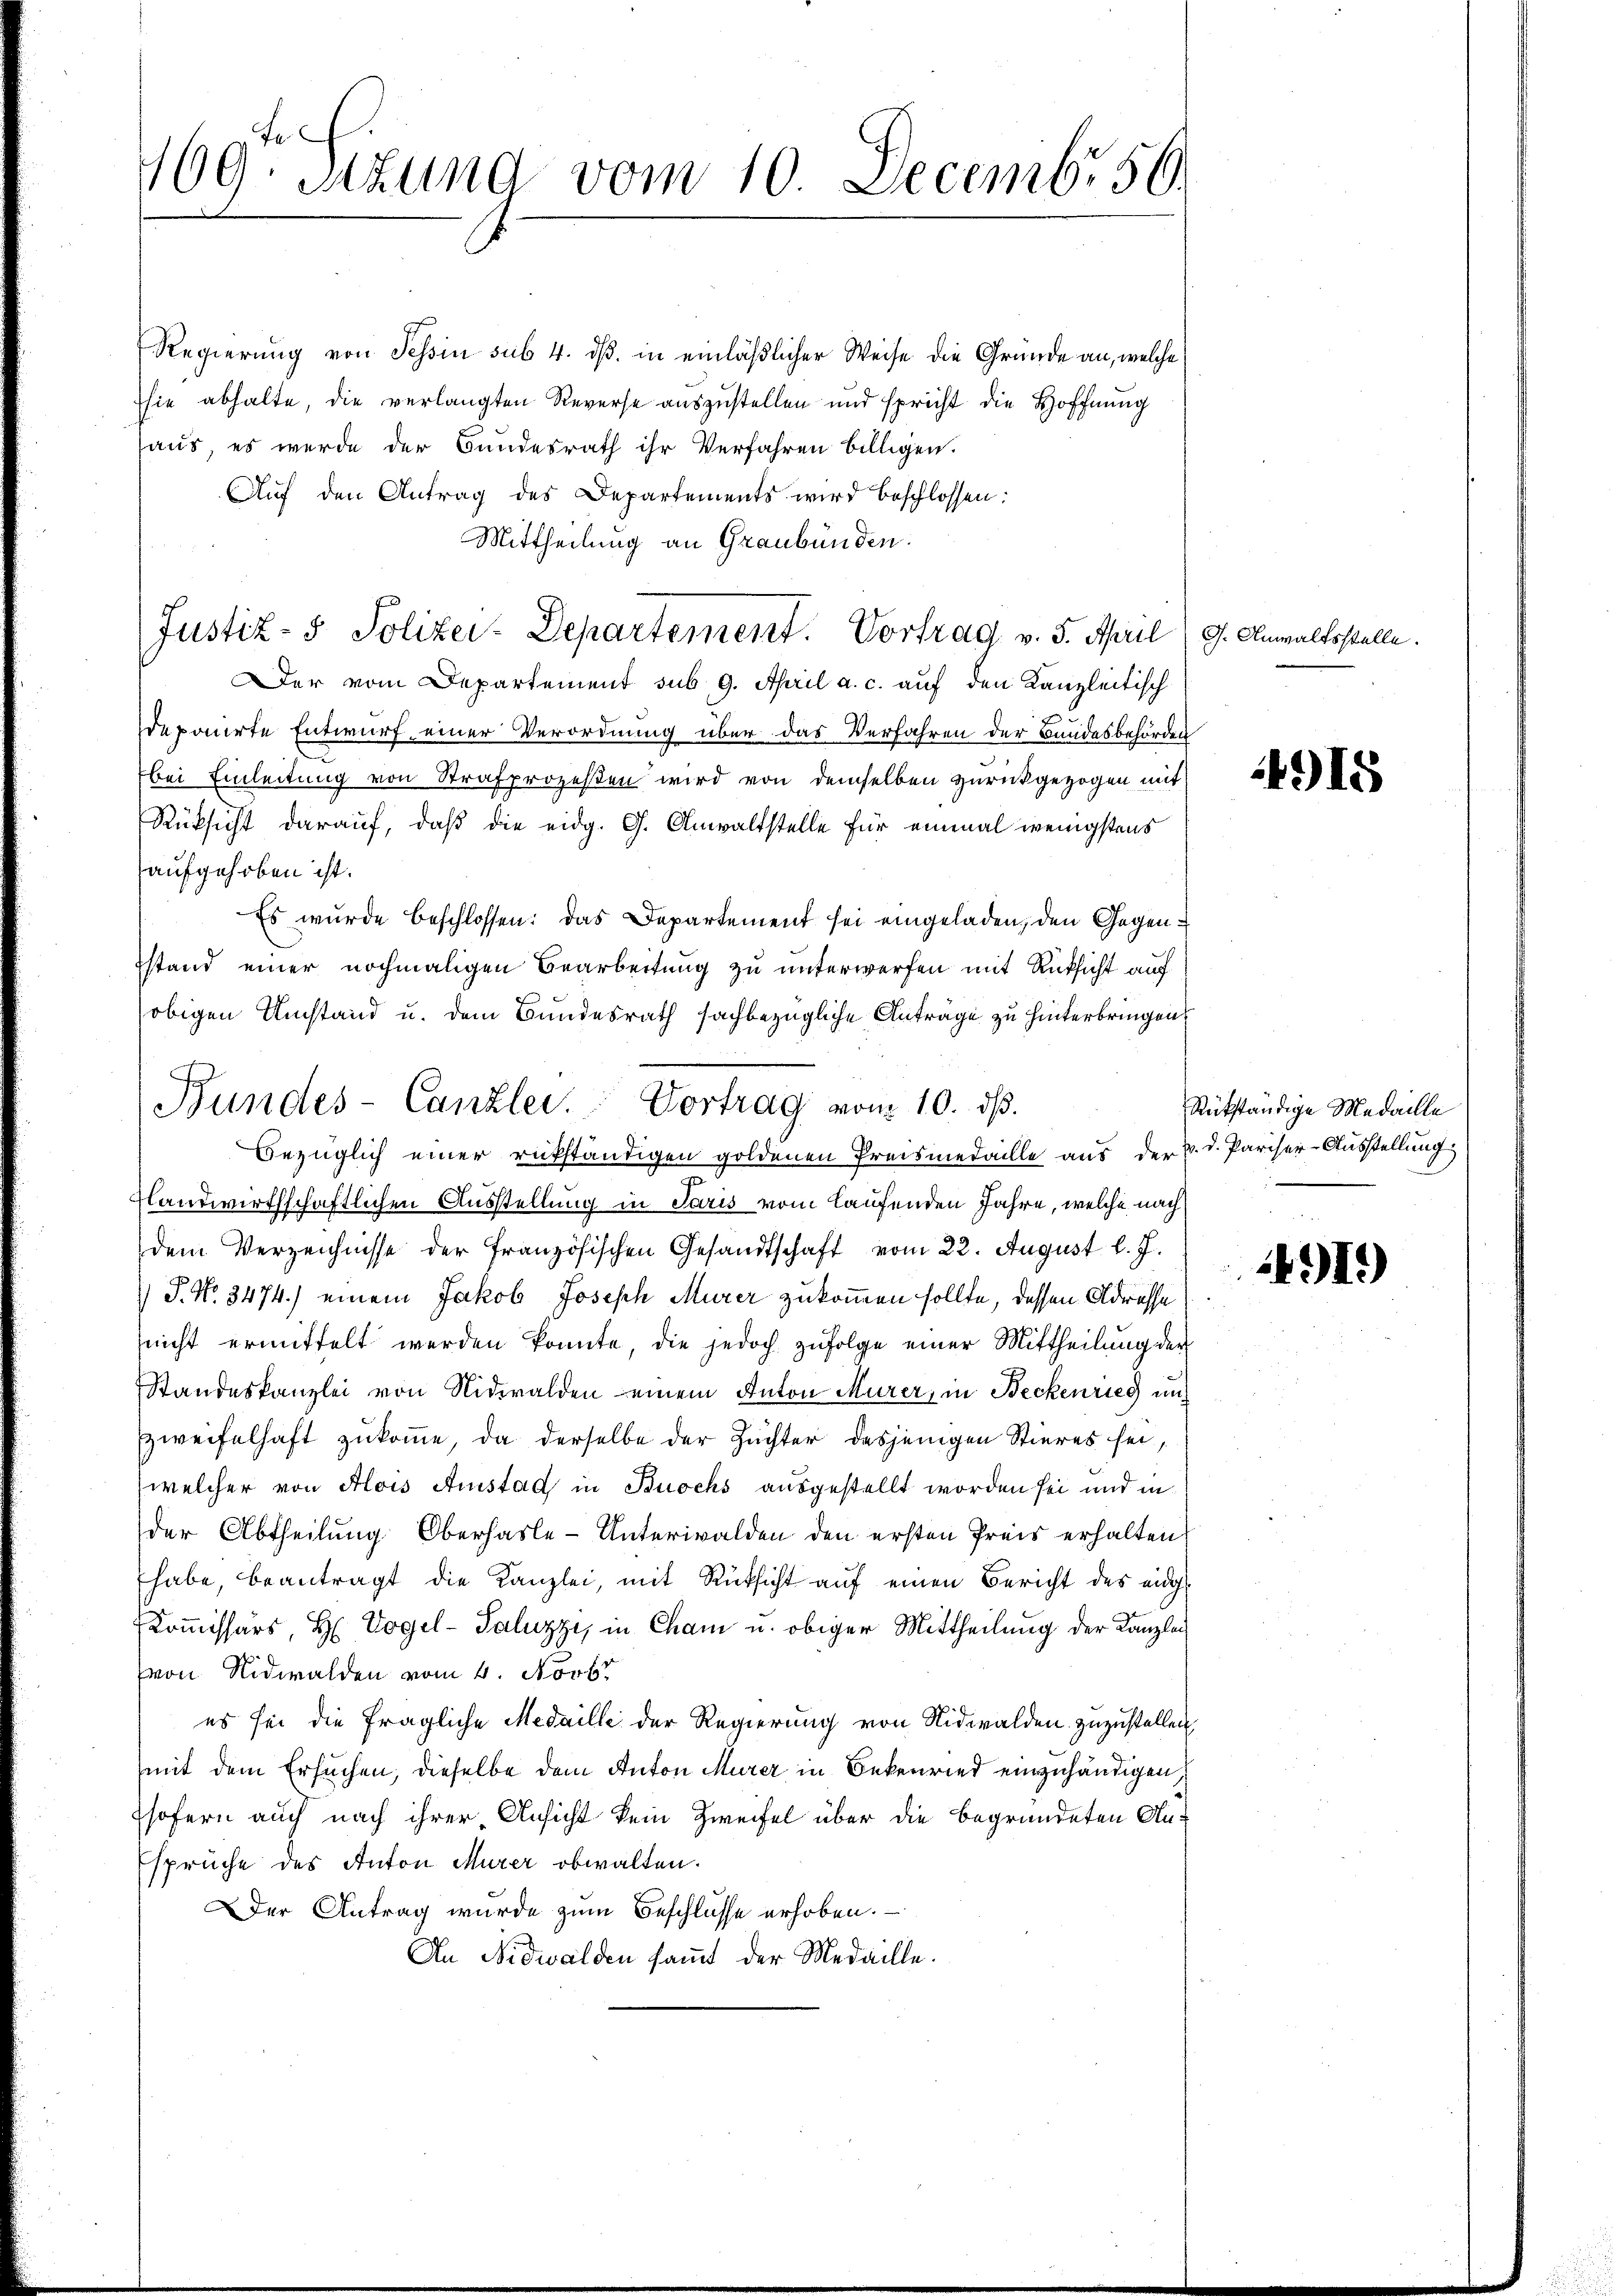
e
169. Stund vom 10. Decembr 56

Regierung von Tessin sub. 4. dß. in einläßlicher Weise die Gründe an, welche
sie abhalte, die verlangten Reverse auszustellen und spricht die Hoffnung
aus, es werde der Bundesrath ihr Verfahren billigen.
Auf den Antrag des Departements wird beschlossen:
Mittheilung an Graubünden.
Der vom Departement sub. 9. April a. c. auf den Kanzleitisch
deponirte Entwurf einer Verordnung über das Verfahren der Bundesbehörden
bei Einleitung von Strafprozeßen wird von demselben zurückgezogen mit
Rüksicht darauf, daß die eidg. G. Anwaltstelle für einmal wenigstens
aufgehoben ist.
Es wurde beschlossen: das Departement sei eingeladen, den Gegenstand einer nochmaligen Bearbeitung zu unterwerfen mit Rüksicht auf
obigen Umstand u. dem Bundesrath sachbezügliche Anträge zu hinterbringen
Bezüglich einer rükständigen goldenen Preismedaille aus der 3. d. Pariser-Ausstellung
flandwirthschaftlichen Ausstellung in Paris vom laufenden Jahre, welche nach
dem Verzeichnisse der französischen Gesandtschaft vom 22. August l. J.
 P. No. 3474.) einem Jakob Joseph Murer zukommen sollte, dessen Adresse
(nicht ermittelt werden könnte, die jedoch zufolge einer Mittheilung der
Standeskanzlei von Nidwalden einem Anton Murer, in Beckenrieg un
Zweifelhaft zukomme, da derselbe der Züchter dasjenigen Stieres sei,
welcher von Alois Austad in Buochs ausgestellt worden sei und in
der Abtheilung Oberhasle-Unterwalden den ersten Preis erhalten
habe, beantragt die Kanzlei, mit Rüksicht auf einen Bericht des eidge¬
Kommissärs, H. Vogel - Paluzzi, in Cham u. obiger Mittheilung der Kanzlei
von Nidwalden vom 4. Novbr
es sei die fragliche Medaille der Regierung von Nidwalden zuzustellen,
mit dem Ersuchen, dieselbe dem Anton Murer in Bekenried einzuhändigen,
sofern auch nach ihrer Ansicht kein Zweifel über die begründeten Ansprüche des Anton Murer obwalten.
Der Antrag wurde zum Beschlüsse erhoben.
An Nidwalden saṁt der Medaille.

Bundes-Canzlei. Vortrag vom 10. dβ.

Justiz- & Polizei-Departement. Vortrag v. 5. April (9. Anwaltsstelle.

415

Rückständige Medaille

4919)